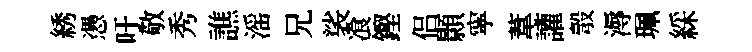
綉慿吁敬秀譙滛兄裟飡鏗侣顥寜葦讙彀溽珮綵